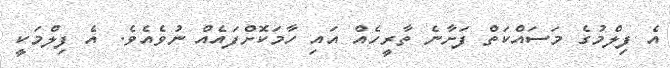
އެ ފިލްމުގެ މަސައްކަތް ފަށާނެ ތާރީހެއް އައި ހާމަކޮށްފައެއް ނުވެއެވެ. އެ ފިލްމަކީ